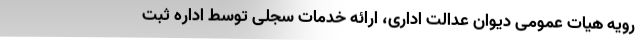
رویه هیات عمومی دیوان عدالت اداری، ارائه خدمات سجلی توسط اداره ثبت